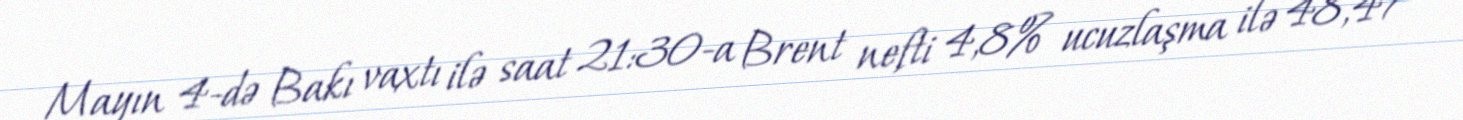
Mayın 4-də Bakı vaxtı ilə saat 21:30-a Brent nefti 4,8% ucuzlaşma ilə 48,47